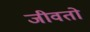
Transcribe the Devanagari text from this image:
जीवतो